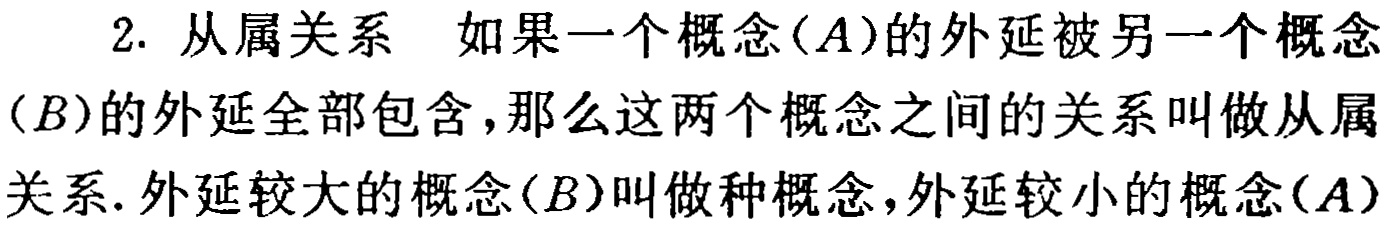
2. 从属关系 如果一个概念(\(A\))的外延被另一个概念(\(B\))的外延全部包含,那么这两个概念之间的关系叫做从属关系. 外延较大的概念(\(B\))叫做种概念,外延较小的概念(\(A\))